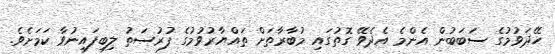
ހޭދަވުމުގެ ސަބަބުން އެންމެ އެދެވޭ ގޮތުގައި މުބާރާތަށް ތައްޔާރުވުމުގެ ފުރުސަތު ލިބިފައިނުވާ ކަމަށެވެ.